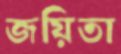
জয়িতা